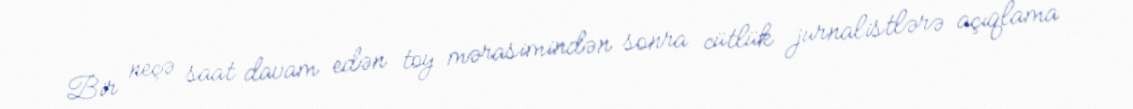
Bir neçə saat davam edən toy mərasimindən sonra cütlük jurnalistlərə açıqlama